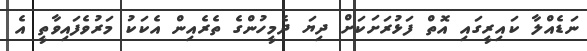
ނަޑެއްލާ ކައިރީގައި އޮތް ފަޅުރަށަކަށް ދިޔަ ދެމީހުންގެ ތެރެއިން އެކަކު މަރުވެފައިވާތީ އެ